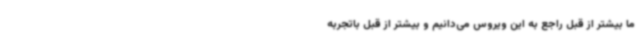
ما بیشتر از قبل راجع به این ویروس می‌دانیم و بیشتر از قبل باتجربه